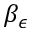
\beta _ { \epsilon }